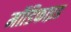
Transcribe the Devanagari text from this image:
र्मोडिफाइड